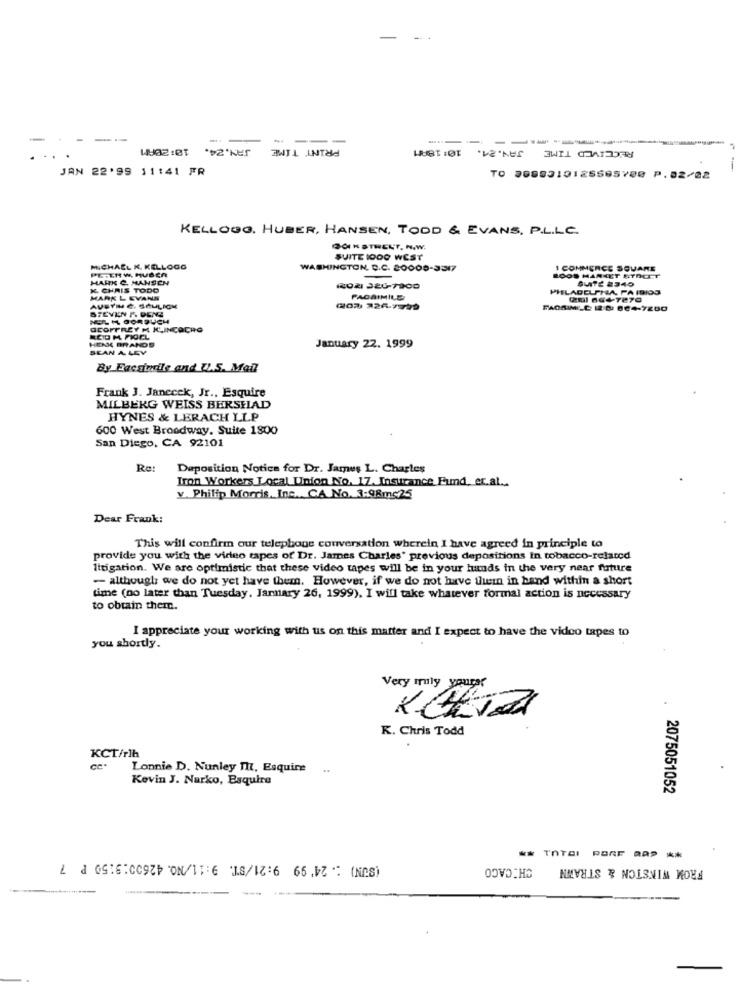
-
--
JAN. 24.
PRINT TIME
RECEIVED TIME JAN.24. 10:18AM
JAN 22'99 11:41 FR
TO 0089310125665700 P.02/02
KELLOGO. HUBER, HANSEN, TOOD & EVANS, P.L.L.C.
SONSTHELT, N.W.
SUITE 1000 WEST
MICHAEL K. KELLOGG
PETERW. HUBER
WASHINGTON, C.C. 80000-3317
1 COMMERCE SQUARE
MARK C. HANSEN
ROOS MARKET SYDCT
Buff 2340
K. CHRIS TODO
ROA 326-7200
PHILADELPHIA, PA 1DIOS
MARK L EVANS
PACAIMILE
STEVEN P. DENS
AUSTINE. SAULICK
20% 326-7925
FAGRIMI_C 12. 0. 004-7200
GEOFFREY M KUINCACHO
HENKE BRANDS
SEAN A LEV
January 22. 1999
By Facsimile and U.S. Mail
Frank 3. Janecek, Jr ., Esquire
MILBERG WEISS BERSEAD
HYNES & LERACH LLP
600 West Broadway. Suite 1800
San Diego, CA 92101
Re:
Duposition Notice for Dr. James L. Charles
Iron Workers Local Union No. 17. Insurance Fund. et.al.
v. Philip Morris, Inc. CA No. 3:98mc25
Dear Frank:
This will confirm our telephone conversation wherein I have agreed in principle to
provide you with the video tapes of Dr. James Charles' previous depositions in tobacco-related
Ittigation. We are optimistic that these video tapes will be in your hands in the very near future
- although we do not yet have them. However, if we do not have them in band within a short
time (no later than Tuesday, Jarmary 26, 1999). I will take whatever formal action is necessary
to obtain them.
I appreciate your working with us on this matter and I expect to have the video tapes to
you shortly.
Very mily younger
K. Chris Todd
KCT/rlh
Lonnie D. Nunley M, Esquire
Kevin J. Narko, Esquire
2075051052
TOTAI
(SUN) : 24' 99 9:21/ST. 9:11/NO. 42600:9:50 P 7
CHICACO
PARE AAP **
FROM WINSTON & STRAWN